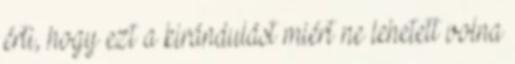
érti, hogy ezt a kirándulást miért ne lehetett volna